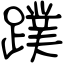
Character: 蹼